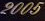
2005